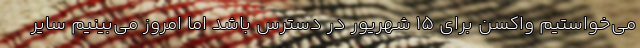
می‌خواستیم واکسن برای ۱۵ شهریور در دسترس باشد اما امروز می‌بینیم سایر